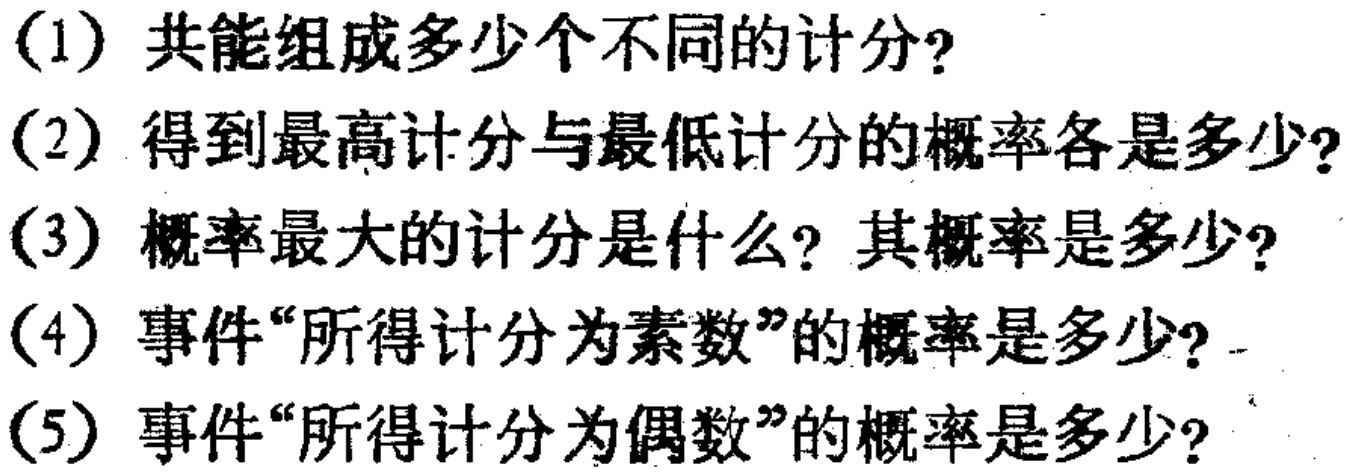
(1) 共能组成多少个不同的计分?
(2) 得到最高计分与最低计分的概率各是多少?
(3) 概率最大的计分是什么? 其概率是多少?
(4) 事件“所得计分为素数”的概率是多少?
(5) 事件“所得计分为偶数”的概率是多少?